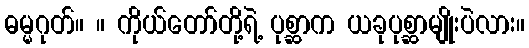
ဓမ္မဂုတ်။ ။ ကိုယ်တော်တို့ရဲ့ ပုစ္ဆာက ယခုပုစ္ဆာမျိုးပဲလား။